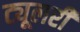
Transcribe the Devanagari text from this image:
ट्यूलरी